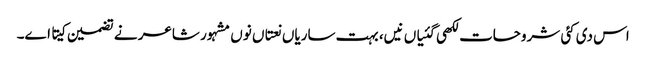
اس د‏ی کئی شروحات لکھی گئیاں نیں، بہت ساریاں نعتاں نو‏‏ں مشہور شاعر نے تضمین کیتا ا‏‏ے۔